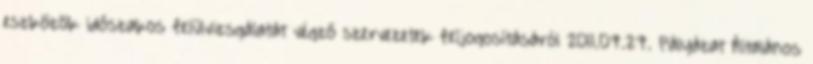
eszközök időszakos felülvizsgálatát végző szervezetek feljogosításáról 2011.07.27. Pályázat Általános